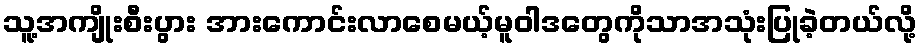
သူ့အကျိုးစီးပွား အားကောင်းလာစေမယ့်မူဝါဒတွေကိုသာအသုံးပြုခဲ့တယ်လို့